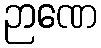
ဉာဏေ